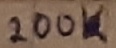
Text: 200K